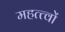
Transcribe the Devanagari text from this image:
महत्त्वों